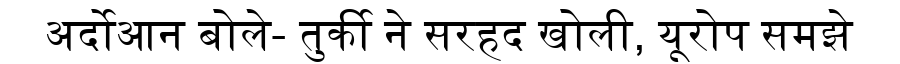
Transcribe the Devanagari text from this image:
अर्दोआन बोले- तुर्की ने सरहद खोली, यूरोप समझे